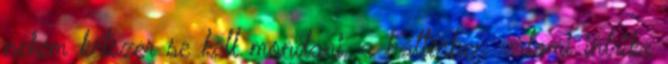
nekem kétszer se kell mondani, a háttérben valami intrika